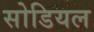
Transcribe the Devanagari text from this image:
सोडियल